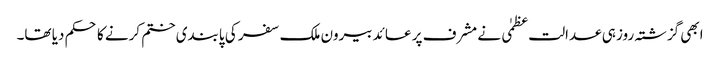
ابھی گزشتہ روز ہی عدالت عظمٰی نے مشرف پر عائد بیرون ملک سفر کی پابندی ختم کرنے کا حکم دیا تھا۔